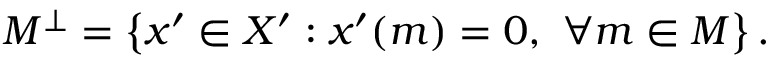
M ^ { \perp } = \left\{ x ^ { \prime } \in X ^ { \prime } : x ^ { \prime } ( m ) = 0 , \ \forall m \in M \right\} .